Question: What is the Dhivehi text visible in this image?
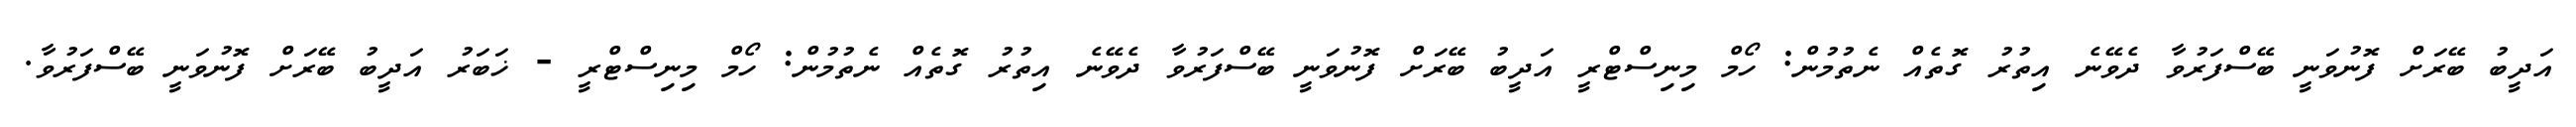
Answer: އަދީބު ބޭރަށް ފޮނުވަނީ ބޭސްފަރުވާ ދެވޭނެ އިތުރު ގޮތެއް ނެތުމުން: ހޯމް މިނިސްޓްރީ އަދީބު ބޭރަށް ފޮނުވަނީ ބޭސްފަރުވާ ދެވޭނެ އިތުރު ގޮތެއް ނެތުމުން: ހޯމް މިނިސްޓްރީ - ޚަބަރު އަދީބު ބޭރަށް ފޮނުވަނީ ބޭސްފަރުވާ.